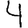
Digit: 4